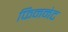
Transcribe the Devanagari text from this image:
फिननेट